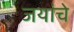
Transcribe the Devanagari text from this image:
जयांचे